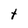
Character: t